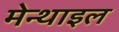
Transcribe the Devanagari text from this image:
मेन्थाइल